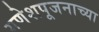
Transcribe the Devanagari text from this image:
गणेशपूजनाच्या